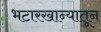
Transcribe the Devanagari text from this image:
भटारखान्यातून